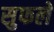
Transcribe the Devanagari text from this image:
सुफले